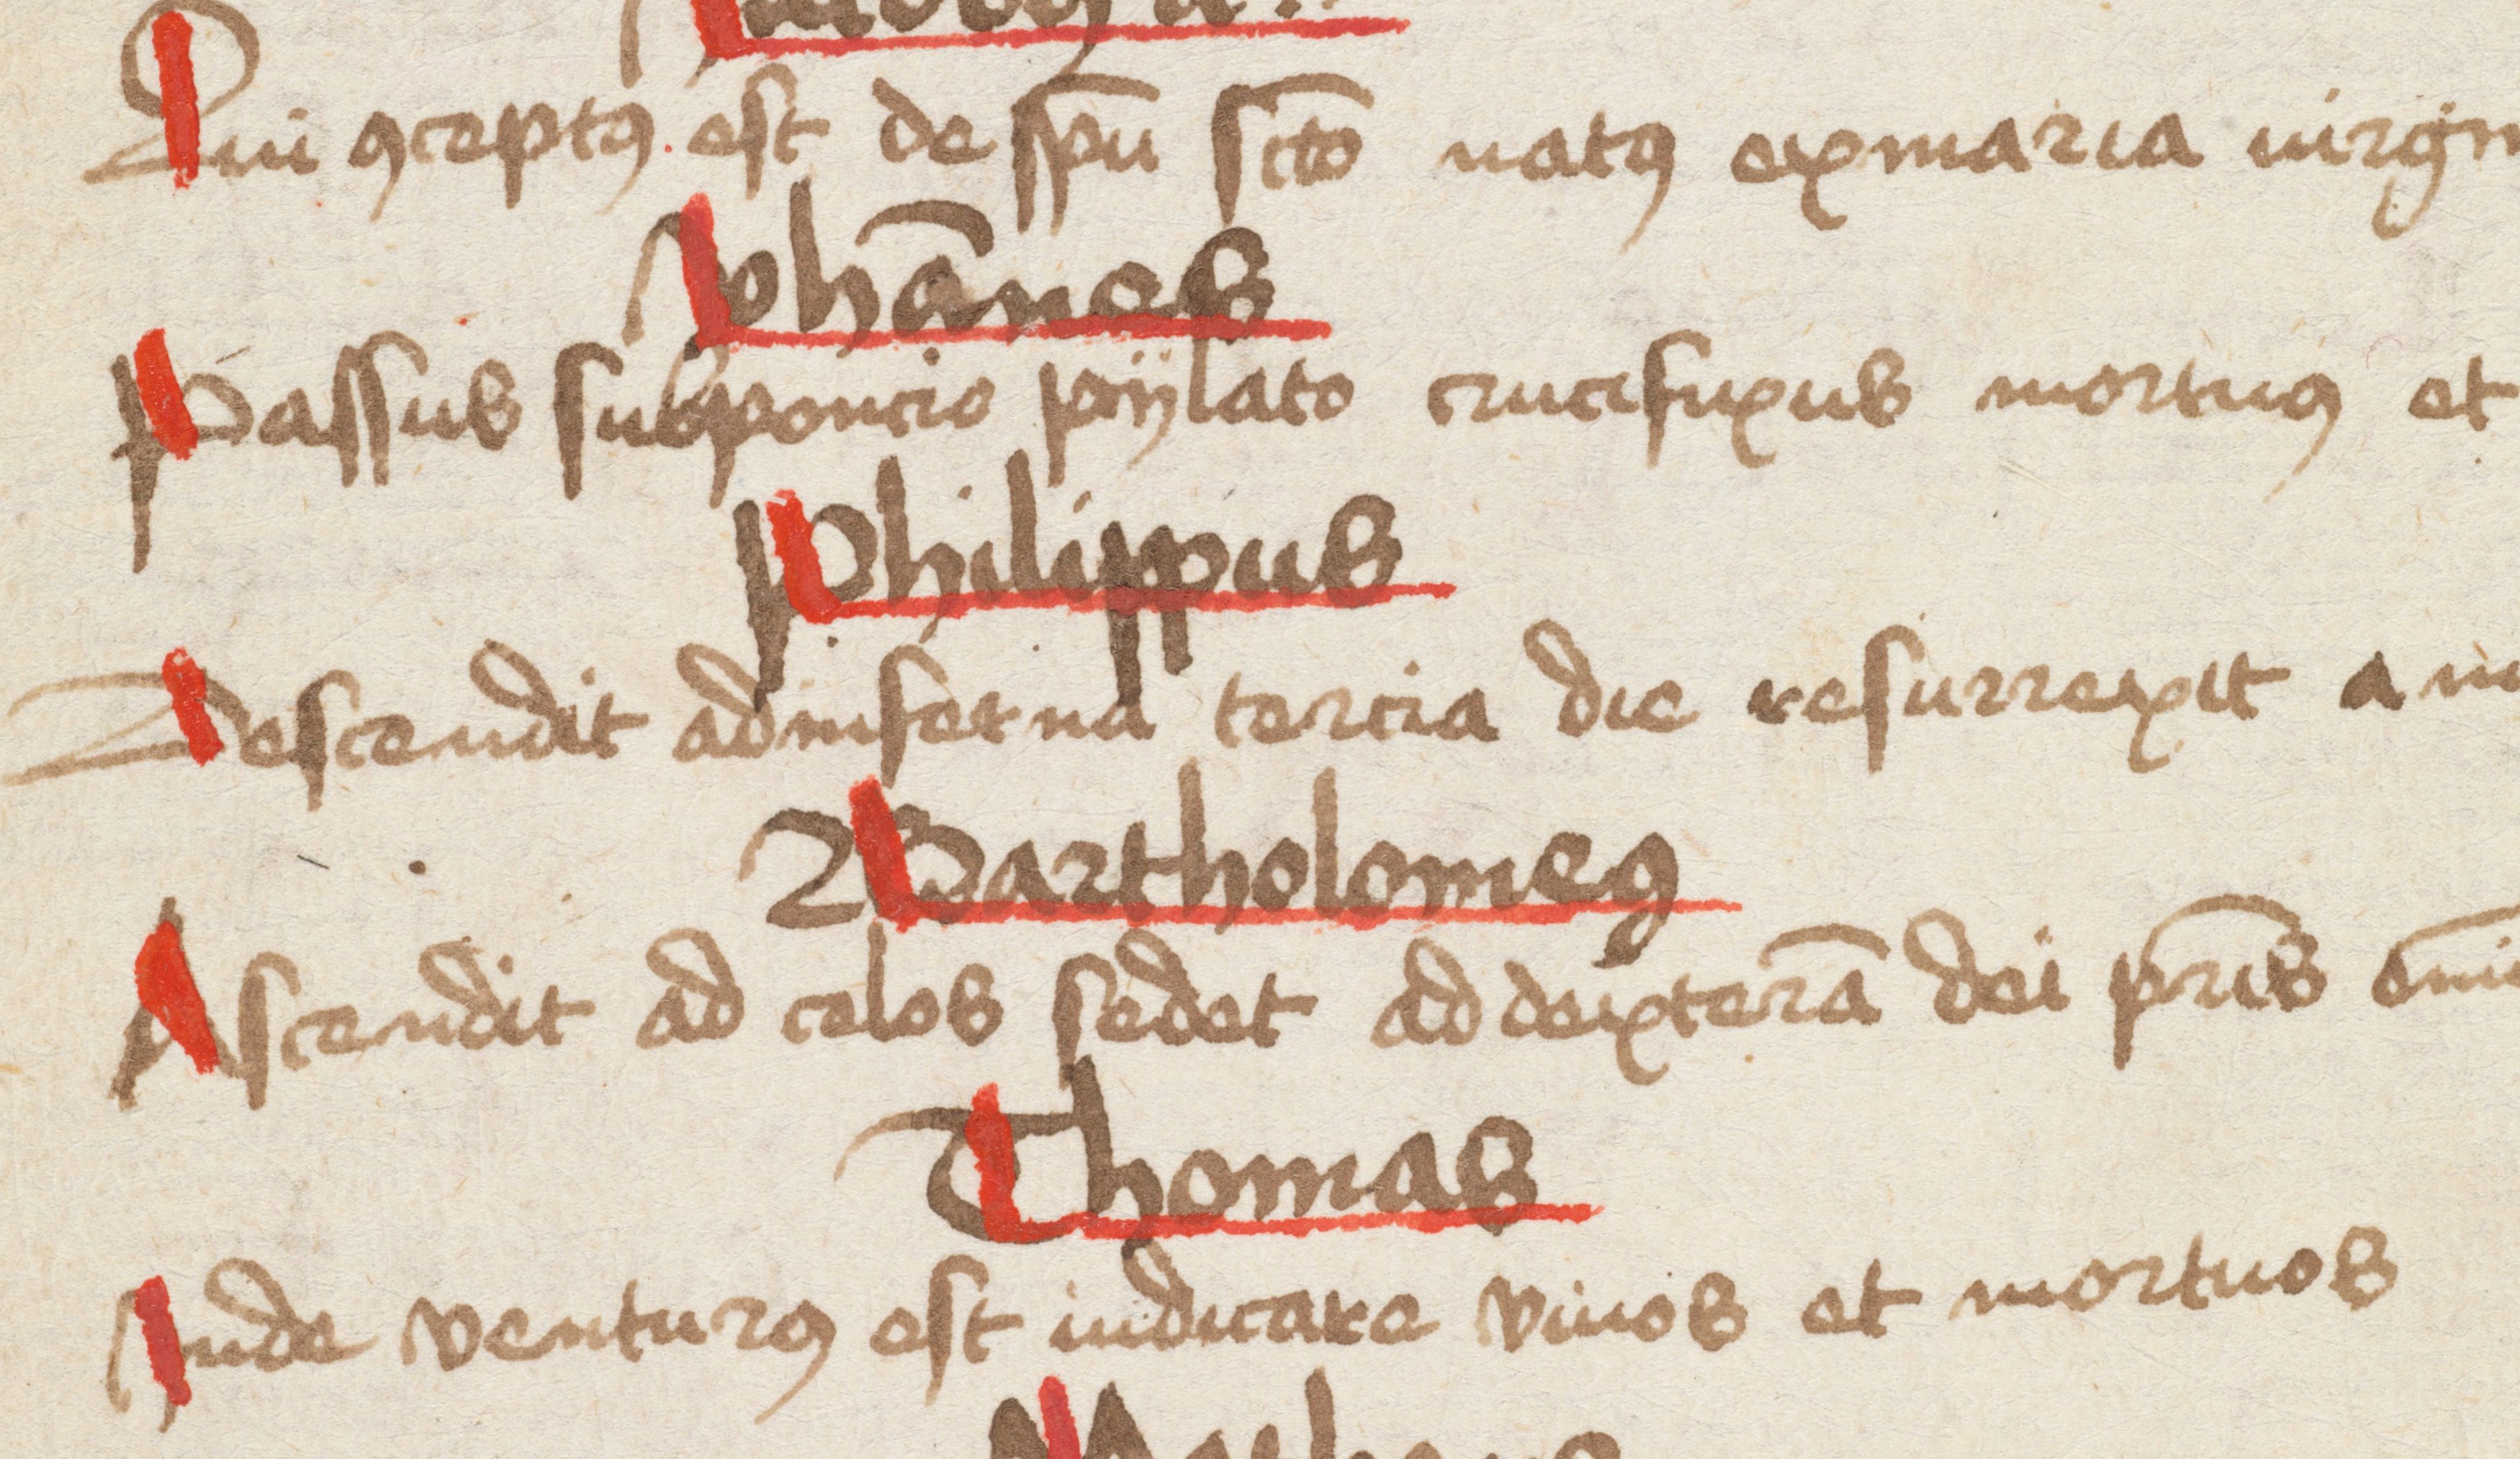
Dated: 1475–1499